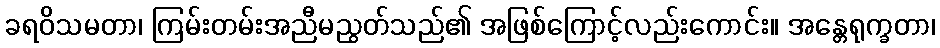
ခရဝိသမတာ၊ ကြမ်းတမ်းအညီမညွတ်သည်၏ အဖြစ်ကြောင့်လည်းကောင်း။ အန္တေရုက္ခတာ၊